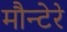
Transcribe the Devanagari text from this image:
मौन्टेरे